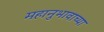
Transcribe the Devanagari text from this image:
महानुभावाच्या